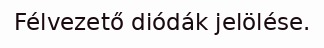
Félvezető diódák jelölése.